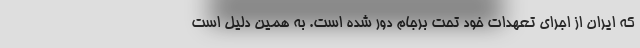
که ایران از اجرای تعهدات خود تحت برجام دور شده است. به همین دلیل است